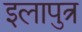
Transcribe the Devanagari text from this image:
इलापुत्र